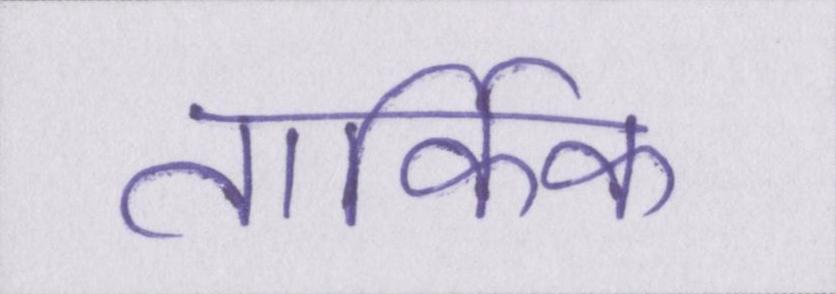
तार्किक